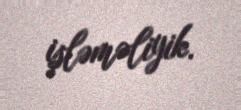
işləməliyik.